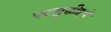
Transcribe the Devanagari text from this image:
परसुडीहचे